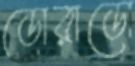
ডোরাডো